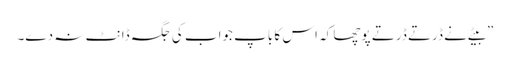
”بیٹے نے ڈرتے ڈرتے پوچھا کہ اس کا باپ جواب کی جگہ ڈانٹ نہ دے۔